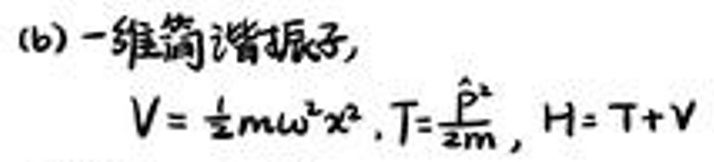
(b) 一维简谐振子，
\[V = \frac{1}{2}m\omega^{2}x^{2}, T=\frac{\hat{P}^{2}}{2m}, H = T + V\]